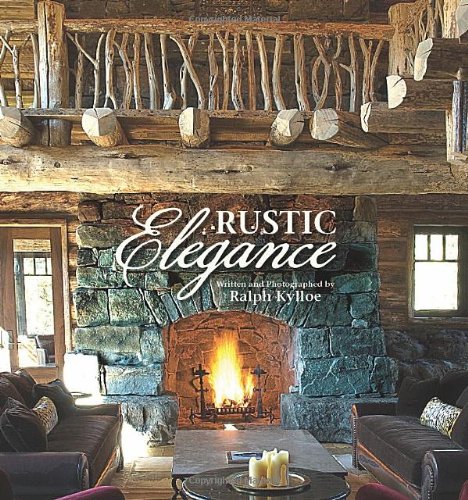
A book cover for Rustic Elegance; Ralph Kylloe; Arts & Photography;